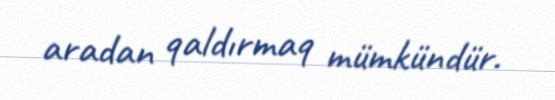
aradan qaldırmaq mümkündür.